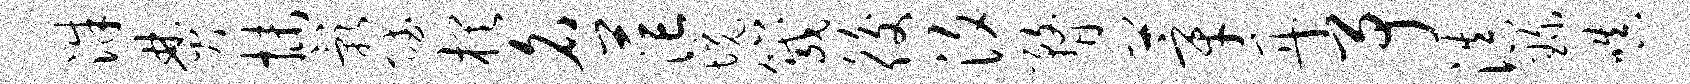
洙焚抹影赋棋名茫境箴後汐瞀莘丹予滇琛嗔